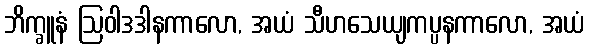
ဘိက္ခူနံ ဩဝါဒဒါနကာလော, အယံ သီဟသေယျကပ္ပနကာလော, အယံ